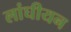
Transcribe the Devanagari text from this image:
लांघीयन